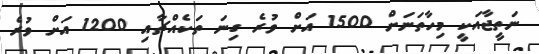
ނަތީޖާއަކީ މިހާތަނަށް 1500 އަށް ވުރެ ގިނަ ތަކެއްޗާއި 1200 އަށް ވުރެ